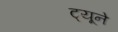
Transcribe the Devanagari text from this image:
ट्यूने